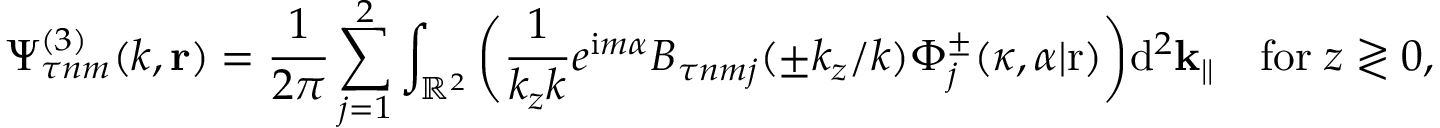
\Psi _ { \tau n m } ^ { ( 3 ) } ( k , \mathbf { r } ) = \frac { 1 } { 2 \pi } \sum _ { j = 1 } ^ { 2 } \int _ { \mathbb { R } ^ { 2 } } \bigg ( \frac { 1 } { k _ { z } k } e ^ { \mathrm { i } m \alpha } B _ { \tau n m j } ( \pm k _ { z } / k ) \Phi _ { j } ^ { \pm } ( \kappa , \alpha | \mathrm { r } ) \bigg ) \mathrm { d } ^ { 2 } \mathbf { k } _ { | | } \quad \mathrm { f o r } \; z \gtrless 0 ,